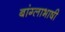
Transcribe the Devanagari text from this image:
बांग्‍लाभाषी